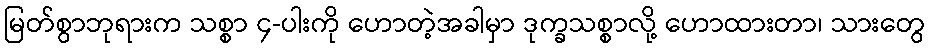
မြတ်စွာဘုရားက သစ္စာ ၄-ပါးကို ဟောတဲ့အခါမှာ ဒုက္ခသစ္စာလို့ ဟောထားတာ၊ သားတွေ